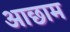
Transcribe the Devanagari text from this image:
आछाम